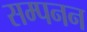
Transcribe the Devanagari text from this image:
सम्पनन